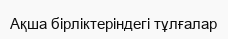
Ақша бірліктеріндегі тұлғалар